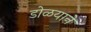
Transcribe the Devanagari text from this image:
डोळयाने